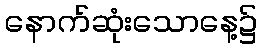
နောက်ဆုံးသောနေ့၌